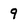
Character: 9